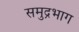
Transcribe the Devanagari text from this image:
समुद्रभाग